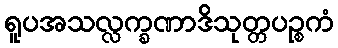
ရူပအသလ္လက္ခဏာဒိသုတ္တပဉ္စကံ